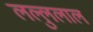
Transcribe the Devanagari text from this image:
लल्लुलाल